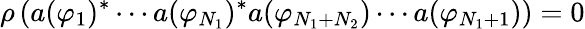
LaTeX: \rho\left(a(\varphi_{1})^{\ast}\cdots a(\varphi_{N_{1}})^{\ast}a(\varphi_{N_{1}+N_{2}})\cdots a(\varphi_{N_{1}+1})\right)=0